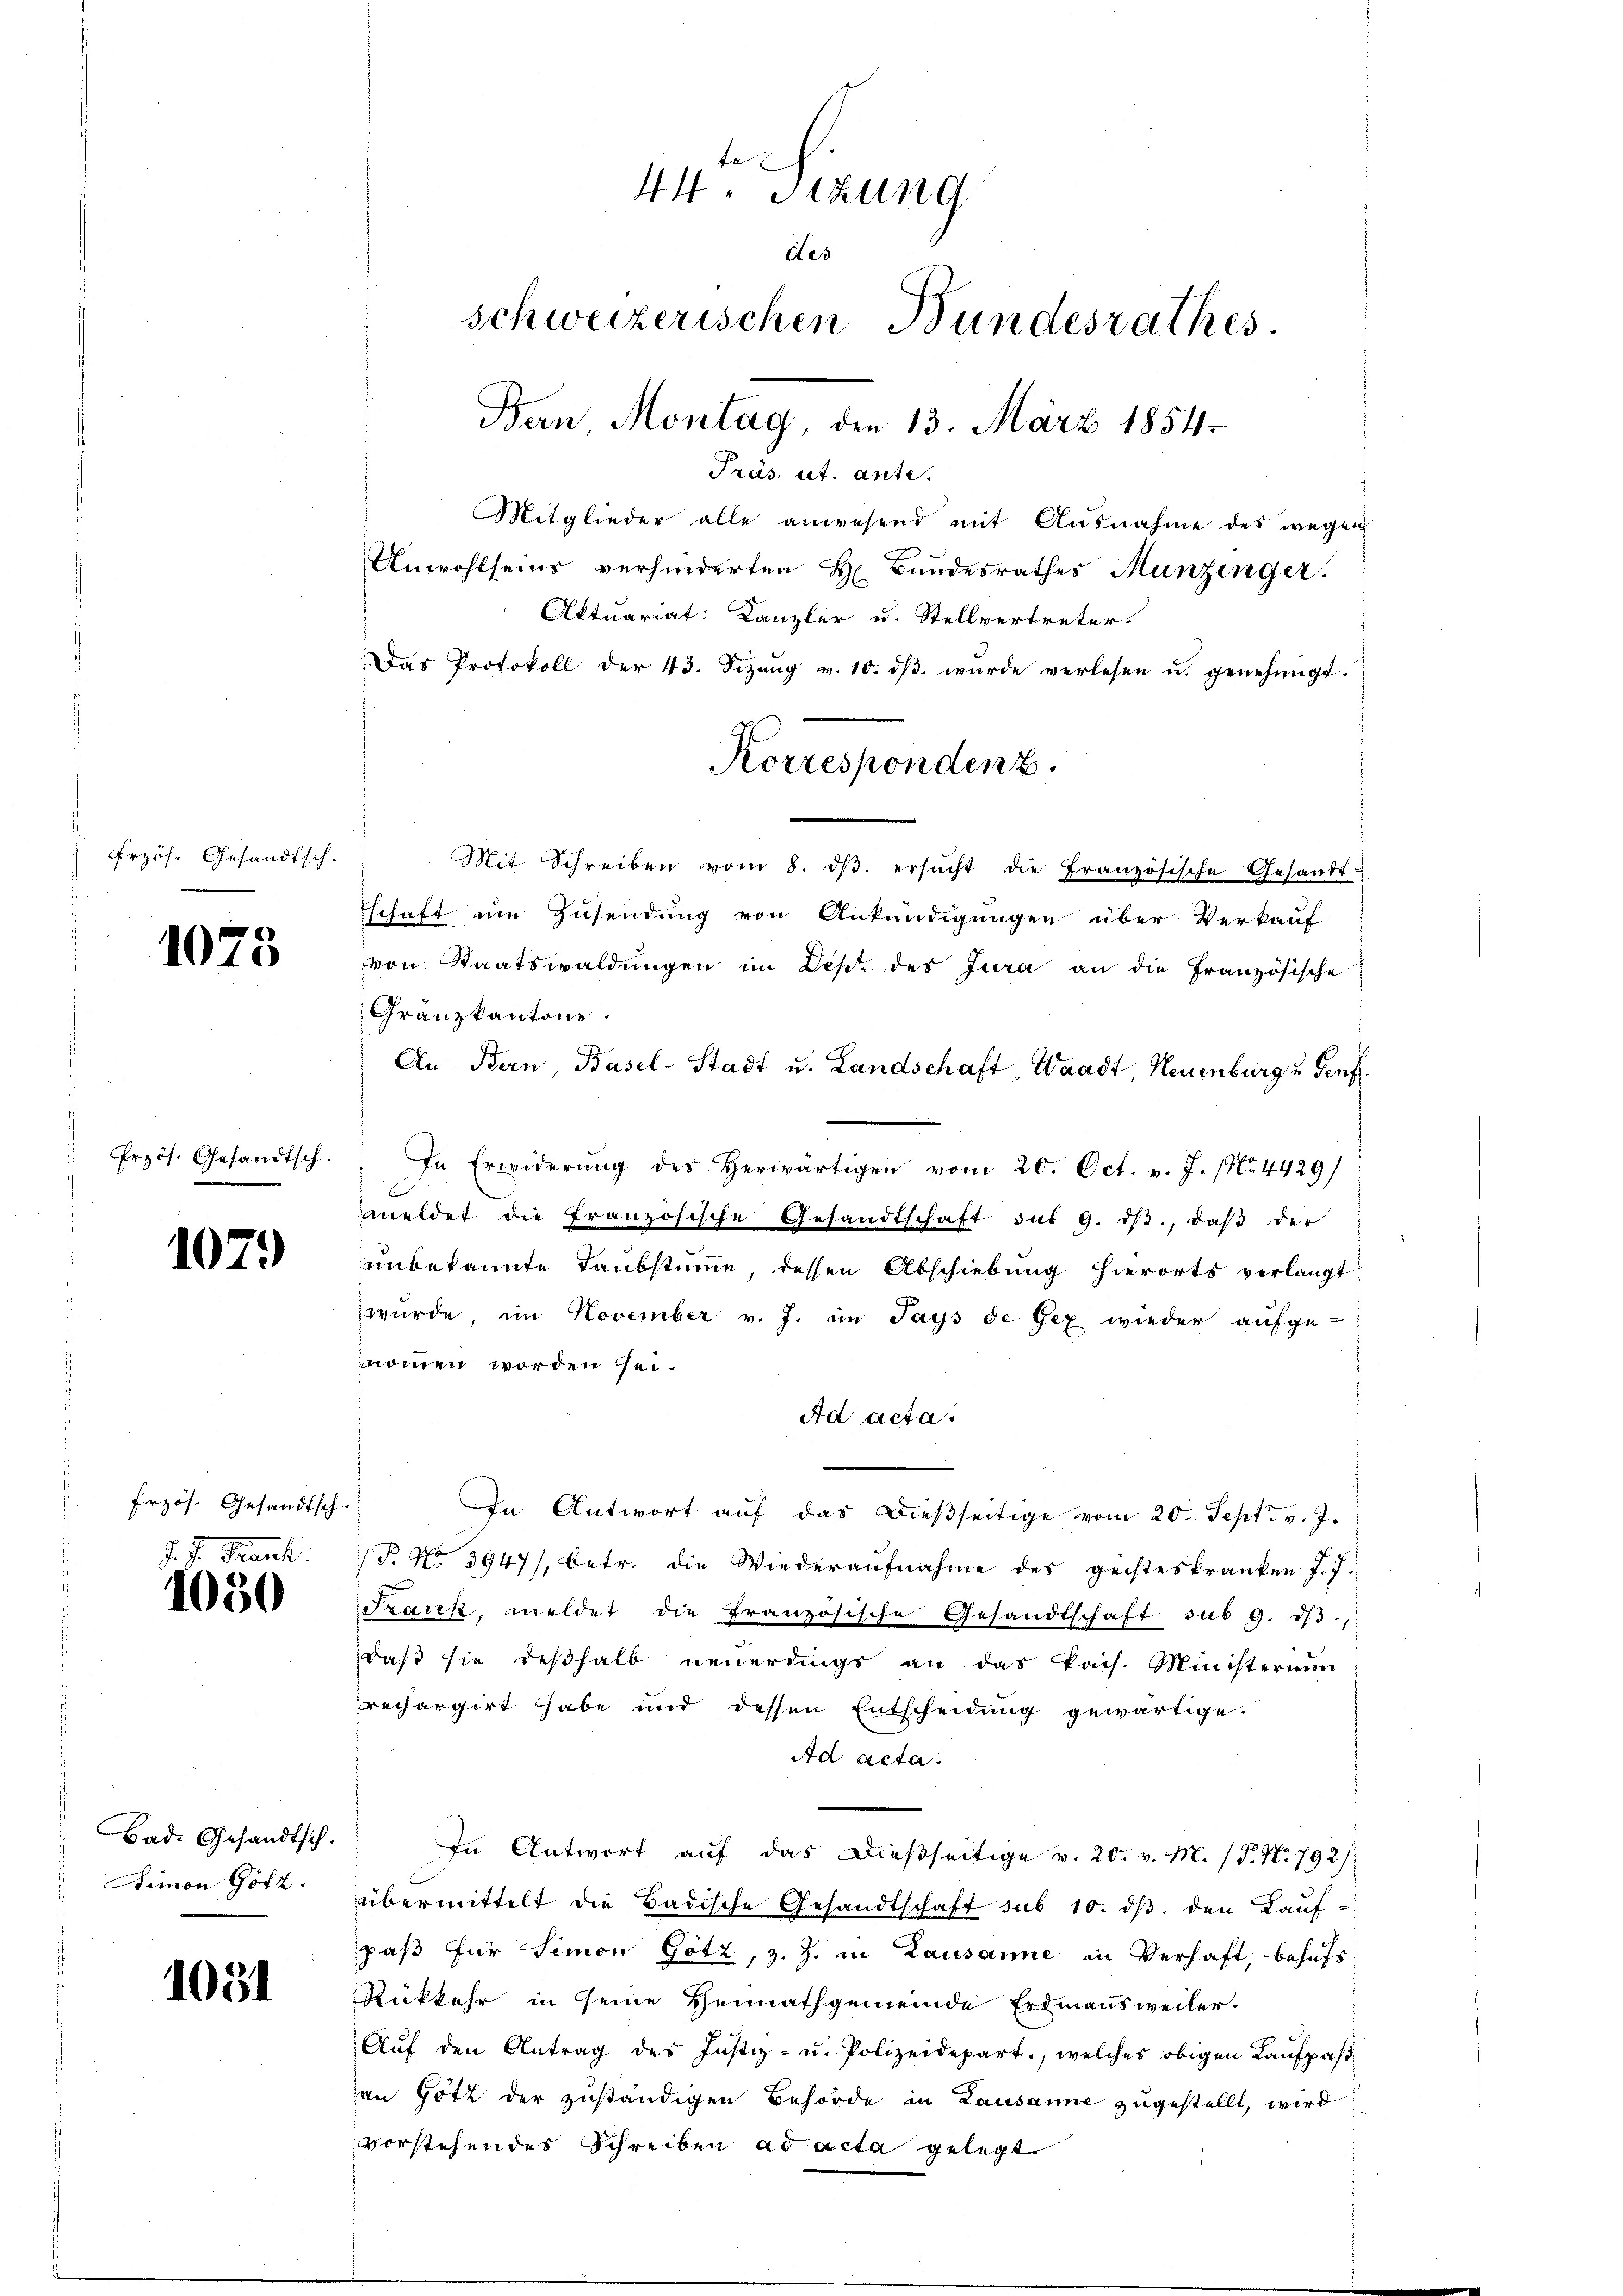
rzös. Gesandtsch.

1075

Przös. Gesandtsch.

1079

Erzös. Gesandtsch.

J. J. Kant
1030

Bad. Gesandtsch.
s
Dimon Götz.

1031

te
44. Sitzung
des
schweizerischen Bundesrathes.
Bern, Montag, den 13. März 1854.

Präs. ut. ante.
Mitglieder alle anwesend mit Ausnahme des wegen
Unwohlseins verhinderten H. Bundesrathes Munzinger.
Aktuariat: Kanzler u. Stellvertreter.
Das Protokoll der 43. Sizŭng v. 10. dβ wurde verlesen u. genehmigt.
Mit Schreiben vom 8. dβ. ersŭcht die Französische Gesandt-
schaft um Zusendung von Ankündigungen über Verkauf
von Staatswaldungen im List des Jura an die Französische
Granzkantone.
An Bern, Basel-Stadt u. Landschaft, Waadt, Neuenburg u Genf.
In Erwiderŭng des Herwärtigen vom 20. Oct. v. J. (N. 4429)
meldet die Französische Gesandtschaft des 9. dβ., daβ der
unbekannte Taubstimme, dessen Abschiebung hierorts verlangt
wurde im November v. J. im Jays de Gex wieder aufge-
nommen worden sei.
Ad acta.
In Antwort aŭf das dießseitige vom 20. Sept. v. J.
/T. No 3947/, betr. die Wiederaŭfnahme des geisteskranken J. J.
Szack, meldet die französische Gesandtschaft sub 9. dβ,
daß sie deßhalb neuerdings an das Pais. Ministerium
rechargirt habe und dessen Entscheidung gewärtige.
Ad acta.
In Antwort auf das dießseitige v. 20. v. M. (T. N. 792)
übermittelt die Badische Gesandtschaft sub 10. dβ. den Kaŭf-
paß für Simon Götz, z. Z. in Lausanne in Verhaft, behufs
Rückkehr in seine Heimathgemeinde Erdmannsweiler.
Aŭf den Antrag des Justiz- u. Polizeidepart., welches obigen Kaufpasan Gott der zuständigen Behörde in Lausanne zugestellt, wird
vorstehendes Schreiben ad acta gelegt

Korresponden z.